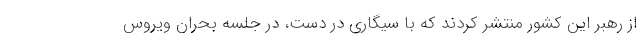
از رهبر این کشور منتشر کردند که با سیگاری در دست، در جلسه بحران ویروس